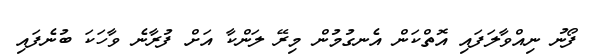
ފޯނު ނިއްވާލަފައި އޮތްކަން އެނގުމުން މިރޭ ލަންކާ އަށް ފުރާނެ ވާހަކަ ބުނެފައި